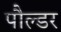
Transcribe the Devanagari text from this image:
पौल्डर